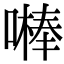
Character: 𠾴